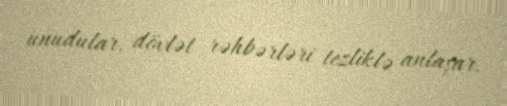
unudular, dövlət rəhbərləri tezliklə anlaşar.